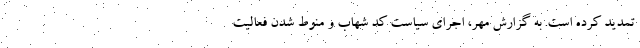
تمدید کرده است. به گزارش مهر، اجرای سیاست کد شهاب و منوط شدن فعالیت